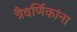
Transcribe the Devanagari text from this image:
त्रैवर्णिकांना